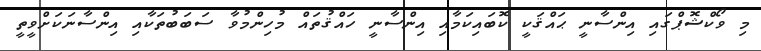
މި ވޯކްޝޮޕްގައި އިންސާނީ ޙައްޤަކީ ކޮބައިކަމާއި އިންސާނީ ހައްޤުތައް މުހިންމުވާ ސަބަބުތަކާއި އިންސާނަކަށްވީތީ